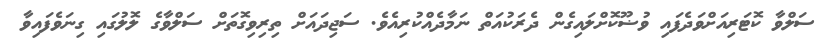
ސަލްވާ ކޮޓަރިއަށްވަދެފައި ވުޟޫކޮށްލައިގެން ދެރަކުއަތް ނަމާދެއްކުރިއެވެ. ސަޖިދައަށް ތިރިވިގޮތަށް ސަލްވާގެ ލޮލުގައި ގިނަވެފައިވާ